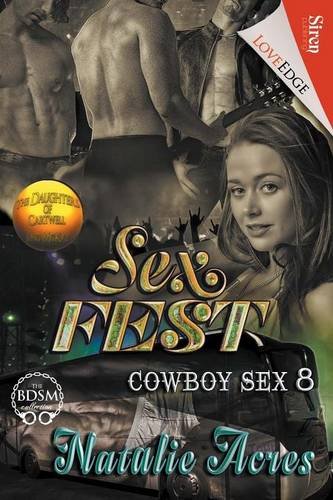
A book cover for Sex Fest [Cowboy Sex 8] (Siren Publishing LoveEdge); Natalie Acres; Literature & Fiction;